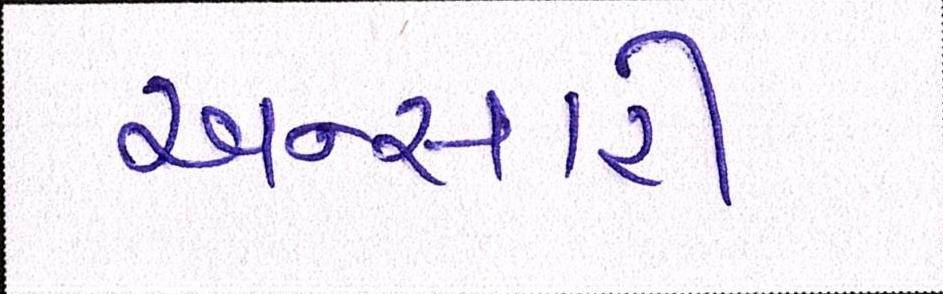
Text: અન્સારી